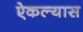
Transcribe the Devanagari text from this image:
ऐकल्यास